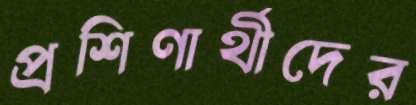
প্রশিণার্থীদের